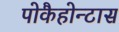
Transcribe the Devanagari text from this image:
पोकैहोन्टास